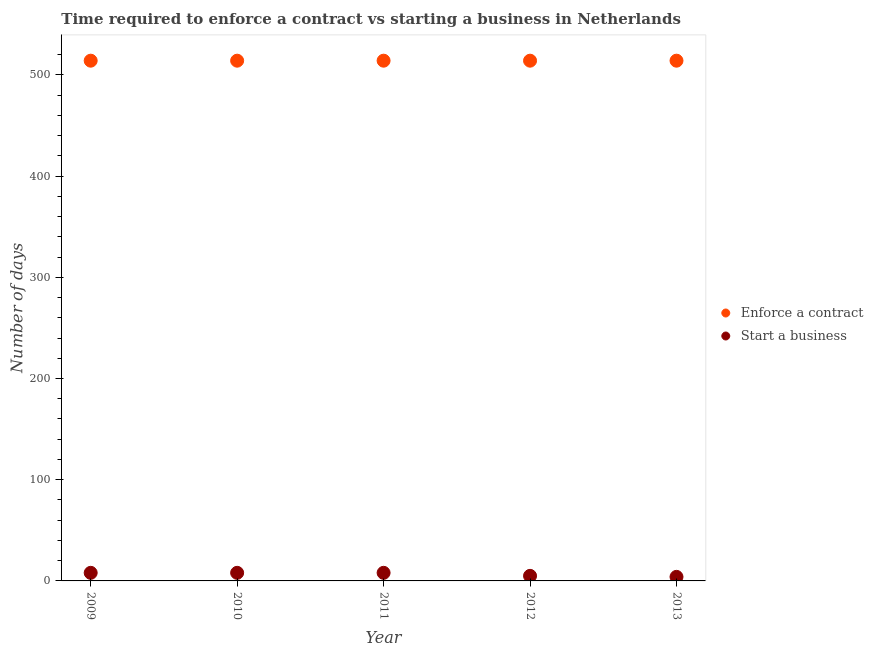
| Year | Enforce a contract | Start a business |
 | --- | --- | --- |
 | 2009 | 514 | 8 |
 | 2010 | 514 | 8 |
 | 2011 | 514 | 8 |
 | 2012 | 514 | 5 |
 | 2013 | 514 | 4 |